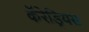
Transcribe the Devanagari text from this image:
कॅरेड्रियस